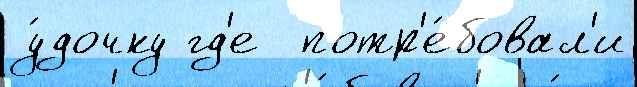
у́дочку гд'е  потр'е́бовал'и